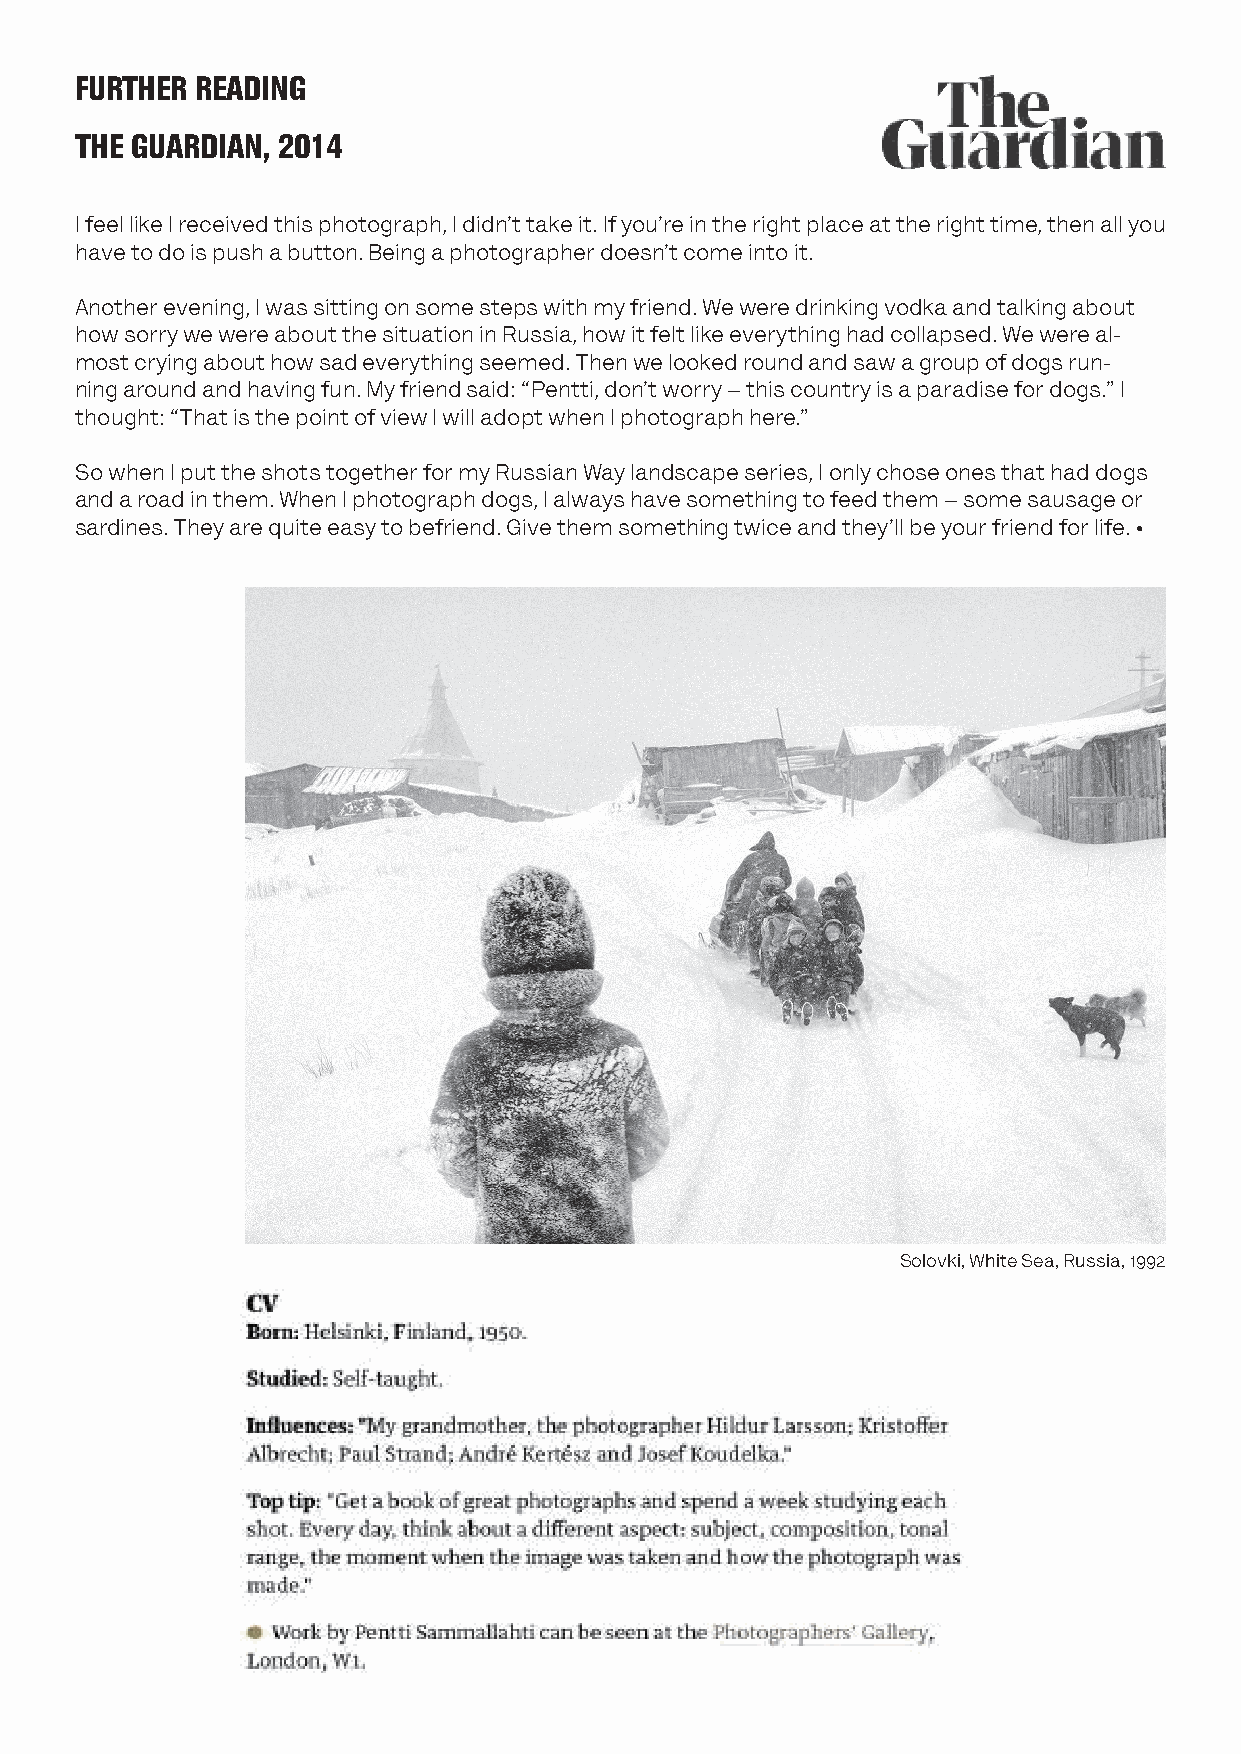
FURTHER READING
 THE GUARDIAN, 2014
 I feel like I received this photograph, I didn’t take it. If you’re in the right place at the right time, then all you
 have to do is push a button. Being a photographer doesn’t come into it.
 Another evening, I was sitting on some steps with my friend. We were drinking vodka and talking about
 how sorry we were about the situation in Russia, how it felt like everything had collapsed. We were al-
 most crying about how sad everything seemed. Then we looked round and saw a group of dogs run-
 ning around and having fun. My friend said: “Pentti, don’t worry – this country is a paradise for dogs.” I
 thought: “That is the point of view I will adopt when I photograph here.”
 So when I put the shots together for my Russian Way landscape series, I only chose ones that had dogs
 and a road in them. When I photograph dogs, I always have something to feed them – some sausage or
 sardines. They are quite easy to befriend. Give them something twice and they’ll be your friend for life. •
 Solovki, White Sea, Russia, 1992